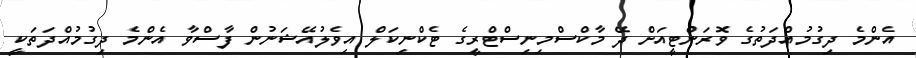
އެންމެ ދިގުމުއްދަތުގެ ވޮރަންޓީއަށް ދޭ މާކްސްމިނިސްޓްރީގެ ޓެކްނިކަލް އިވެލުއޭޝަނުން ފާސްވާ އެންމެ ދިގުމުއްދަތަކީ